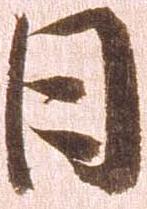
日